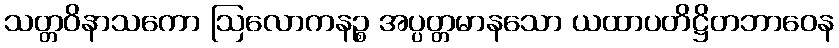
သတ္တဝိနာသကော ဩလောကနဉ္စ အပ္ပတ္တမာနသော ယထာပတိဋ္ဌိတဘာဝေန